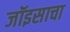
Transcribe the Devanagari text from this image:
जॉइसाचा